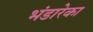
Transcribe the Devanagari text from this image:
भंडारेका